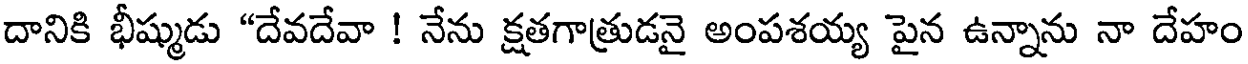
దానికి భీష్ముడు "దేవదేవా ! నేను క్షతగాత్రుడనై అంపశయ్య పైన ఉన్నాను నా దేహం